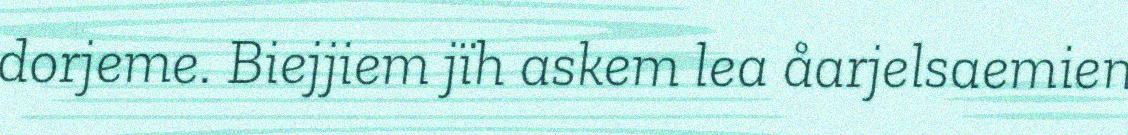
dorjeme. Biejjiem jïh askem lea åarjelsaemien